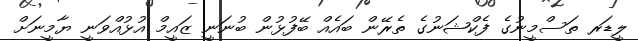
ލީޑަރ ތަސްމީނުގެ ފެކްޝަނުގެ ތެރޭން ބައެއް ބޭފުޅުން ބުނަނީ ޒައީމް އުޅުއްވަނީ ޔާމީނަށް